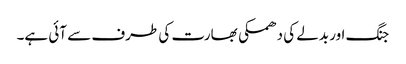
جنگ اور بدلے کی دھمکی بھارت کی طرف سے آئی ہے۔